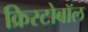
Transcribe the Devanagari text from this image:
क्रिस्टोबॉल